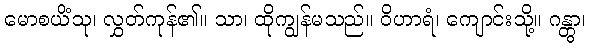
မောစယိံသု၊ လွှတ်ကုန်၏။ သာ၊ ထိုကျွန်မသည်။ ဝိဟာရံ၊ ကျောင်းသို့။ ဂန္တွာ၊